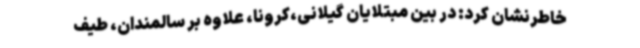
خاطرنشان کرد: در بین مبتلایان گیلانی،کرونا، علاوه بر سالمندان، طیف